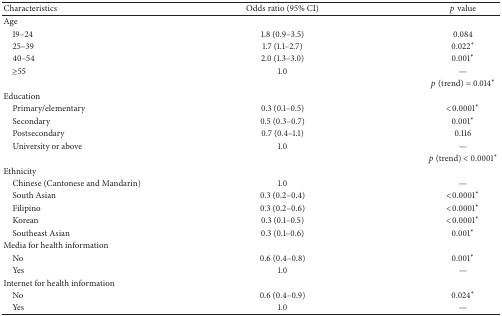
| Characteristics | Odds ratio (95% CI) | p value |
 | --- | --- | --- |
 | Age |  |  |
 | 19–24 | 1.8 (0.9–3.5) | 0.084 |
 | 25–39 | 1.7 (1.1–2.7) | 0.022∗ |
 | 40–54 | 2.0 (1.3–3.0) | 0.001∗ |
 | ≥55 | 1.0 | — |
 |  |  | p (trend) = 0.014∗ |
 | Education |  |  |
 | Primary/elementary | 0.3 (0.1–0.5) | <0.0001∗ |
 | Secondary | 0.5 (0.3–0.7) | 0.001∗ |
 | Postsecondary | 0.7 (0.4–1.1) | 0.116 |
 | University or above | 1.0 | — |
 |  |  | p (trend) < 0.0001∗ |
 | Ethnicity |  |  |
 | Chinese (Cantonese and Mandarin) | 1.0 | — |
 | South Asian | 0.3 (0.2–0.4) | <0.0001∗ |
 | Filipino | 0.3 (0.2–0.6) | <0.0001∗ |
 | Korean | 0.3 (0.1–0.5) | <0.0001∗ |
 | Southeast Asian | 0.3 (0.1–0.6) | 0.001∗ |
 | Media for health information |  |  |
 | No | 0.6 (0.4–0.8) | 0.001∗ |
 | Yes | 1.0 | — |
 | Internet for health information |  |  |
 | No | 0.6 (0.4–0.9) | 0.024∗ |
 | Yes | 1.0 | — |